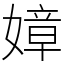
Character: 嫜